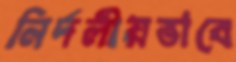
নির্দলীয়ভাবে